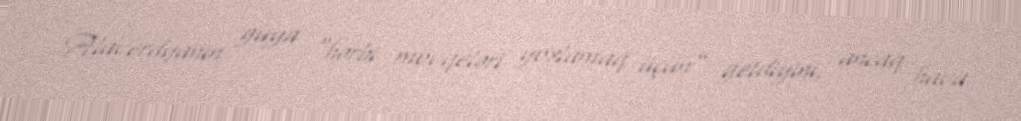
Alaverdyanın guya “hərbi mövqeləri yoxlamaq üçün” getdiyini, ancaq hava